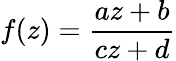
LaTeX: f(z)={\frac{az+b}{cz+d}}